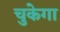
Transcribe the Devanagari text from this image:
चुकेगा